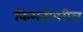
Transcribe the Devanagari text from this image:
किमतीवरील